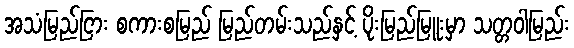
အသံမြည်ငြား စကားစမြည် မြည်တမ်းသည်နှင့် ပိုးမြည်မြူးမှာ သတ္တဝါမြည်း